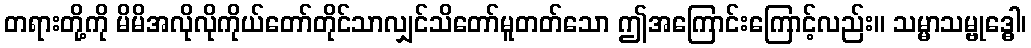
တရားတို့ကို မိမိအလိုလိုကိုယ်တော်တိုင်သာလျှင်သိတော်မူတတ်သော ဤအကြောင်းကြောင့်လည်း။ သမ္မာသမ္ဗုဒ္ဓေါ၊